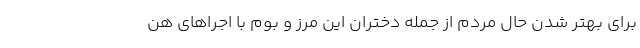
برای بهتر شدن حال مردم از جمله دختران این مرز و بوم با اجراهای هن